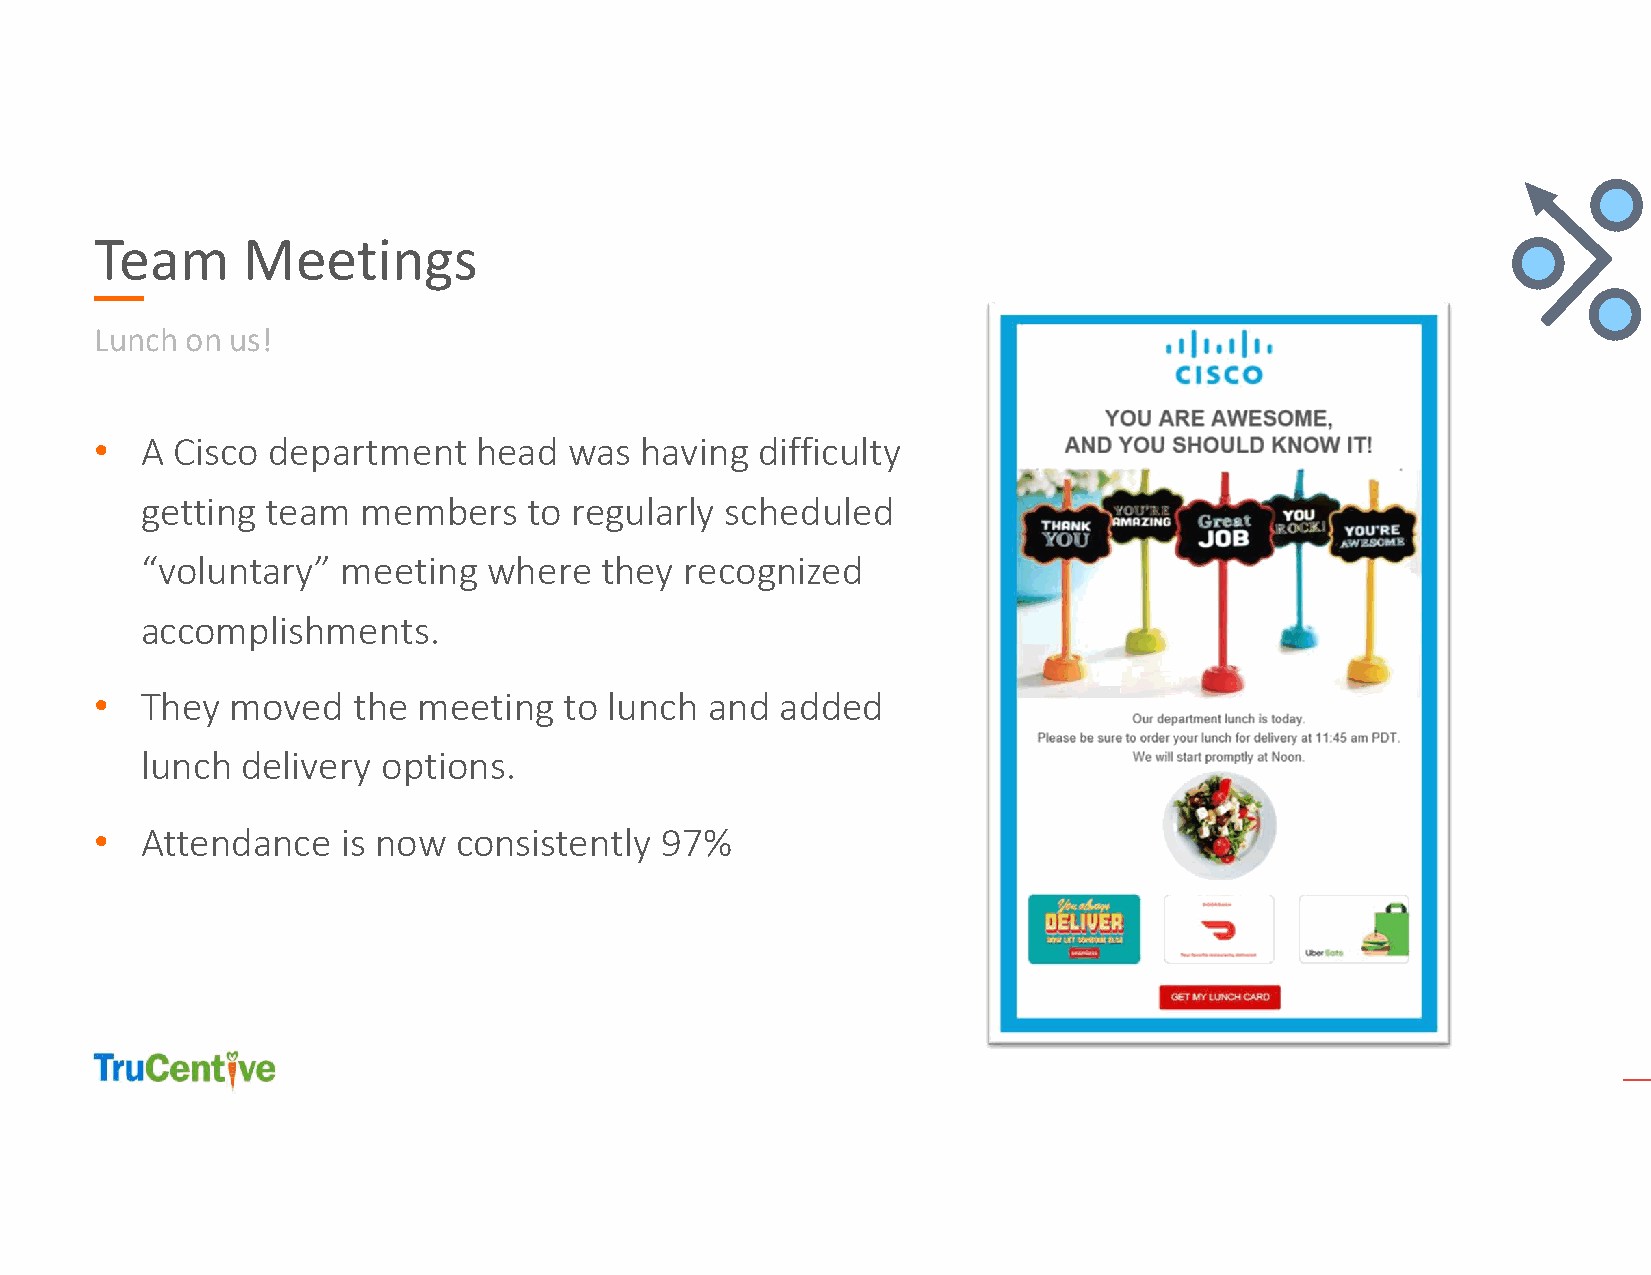
Team      Meetings
 Lunch on us!
 •  A Cisco  department   head   was having  difficulty
 getting  team  members    to regularly scheduled
 “voluntary”   meeting  where   they recognized
 accomplishments.
 •  They  moved   the  meeting  to lunch  and  added
 lunch  delivery options.
 •  Attendance    is now consistently  97%